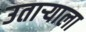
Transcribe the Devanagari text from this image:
उताऱ्याला